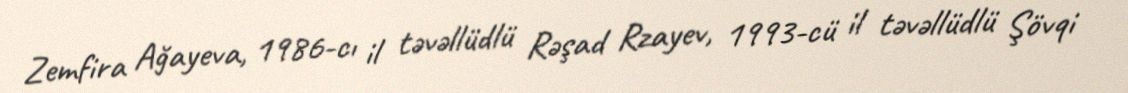
Zemfira Ağayeva, 1986-cı il təvəllüdlü Rəşad Rzayev, 1993-cü il təvəllüdlü Şövqi